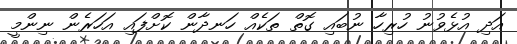
އަދި އުޅެވުނު ހުރިހާ ނުބައި ގޮތް ތަކެއް ހަނދާން ކޮށްފައި އަހަރެން ނިންމީ